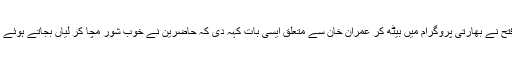
طارق فتح نے بھارتی پروگرام میں بیٹھ کر عمران خان سے متعلق ایسی بات کہہ دی کہ حاضرین نے خوب شور مچا کر لیاں بجاتے ہوئے داد دی۔